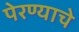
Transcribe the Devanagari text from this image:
पेरण्याचे